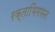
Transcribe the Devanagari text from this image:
रक्ताभिगमन